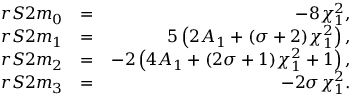
\begin{array} { r l r } { r S 2 m _ { 0 } } & { = } & { - 8 \chi _ { 1 } ^ { 2 } , } \\ { r S 2 m _ { 1 } } & { = } & { 5 \left( 2 A _ { 1 } + ( \sigma + 2 ) \chi _ { 1 } ^ { 2 } \right) , } \\ { r S 2 m _ { 2 } } & { = } & { - 2 \left( 4 A _ { 1 } + ( 2 \sigma + 1 ) \chi _ { 1 } ^ { 2 } + 1 \right) , } \\ { r S 2 m _ { 3 } } & { = } & { - 2 \sigma \chi _ { 1 } ^ { 2 } . } \end{array}